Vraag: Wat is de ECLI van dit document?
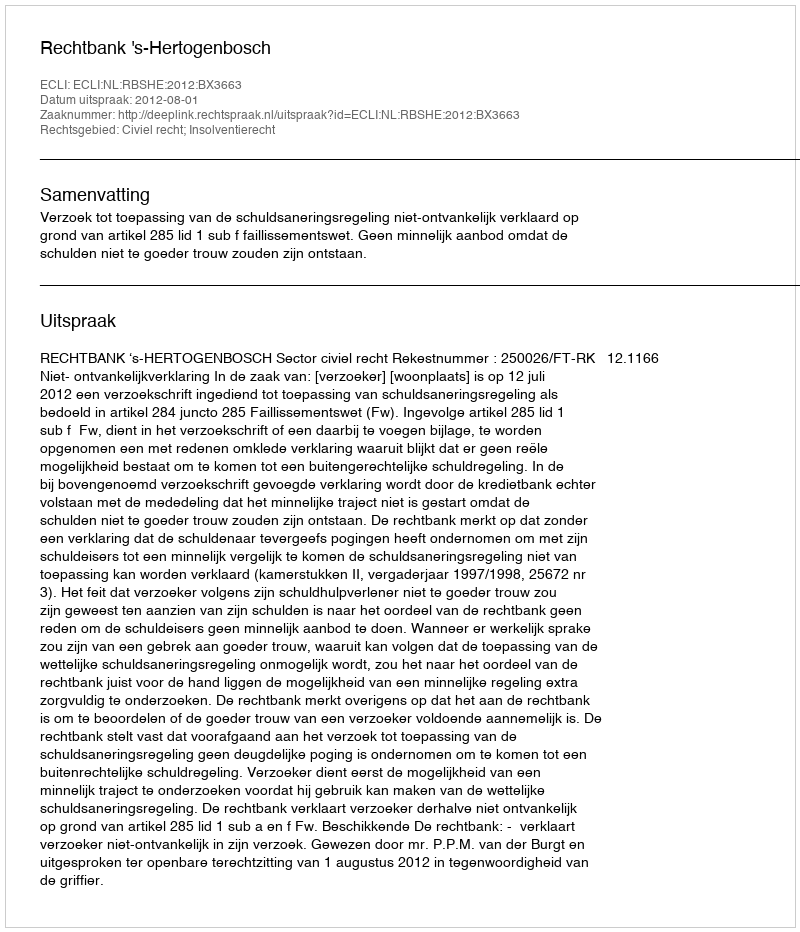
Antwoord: ECLI:NL:RBSHE:2012:BX3663